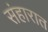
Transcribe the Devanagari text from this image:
संहारात